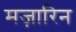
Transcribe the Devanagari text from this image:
मज़ारिन